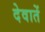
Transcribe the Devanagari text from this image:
देवातें